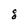
Character: 8